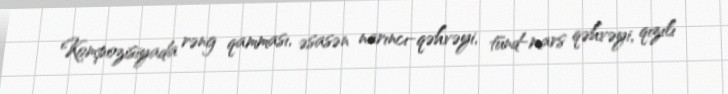
Kompozisiyada rəng qamması, əsasən narıncı-qəhvəyi, tünd-mars qəhvəyi, qızılı